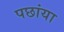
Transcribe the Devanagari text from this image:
पछांया